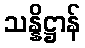
သန္နိဋ္ဌာန်